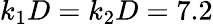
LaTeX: k_{1}D=k_{2}D=7.2